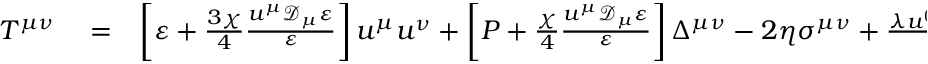
\begin{array} { r l r } { T ^ { \mu \nu } } & { { } = } & { \left[ \varepsilon + \frac { 3 \chi } { 4 } \frac { u ^ { \mu } \mathcal { D } _ { \mu } \varepsilon } { \varepsilon } \right] u ^ { \mu } u ^ { \nu } + \left[ P + \frac { \chi } { 4 } \frac { u ^ { \mu } \mathcal { D } _ { \mu } \varepsilon } { \varepsilon } \right] \Delta ^ { \mu \nu } - 2 \eta \sigma ^ { \mu \nu } + \frac { \lambda u ^ { ( \mu } \Delta ^ { \nu ) \alpha } } { 2 } \frac { \mathcal { D } _ { \alpha } \varepsilon } { \varepsilon } \; , } \end{array}